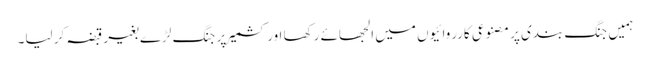
ہمیں جنگ بندی پر مصنوعی کارروائیوں میں الجھائے رکھا اور کشمیر پر جنگ لڑے بغیر قبضہ کر لیا۔